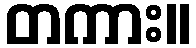
တကား။